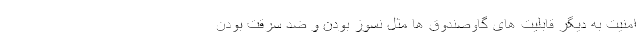
امنیت به دیگر قابلیت­ های گاوصندوق­ ها مثل نسوز بودن و ضد سرقت بودن